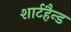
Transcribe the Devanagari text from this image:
शार्टहैन्ड